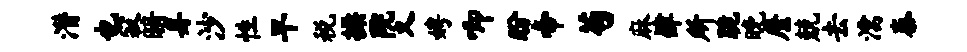
潜也寂暗身沙性旱税操院义娉唧盼帝苟麻肄所跪晚縻兢去濡泰